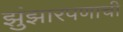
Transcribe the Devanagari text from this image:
झुंझारपणाची